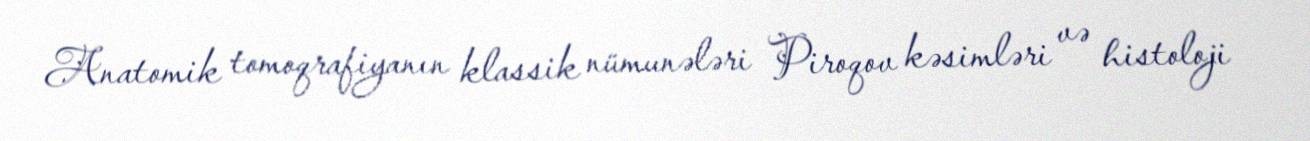
Anatomik tomoqrafiyanın klassik nümunələri Piroqov kəsimləri və histoloji